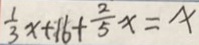
\frac { 1 } { 3 } x + 1 6 + \frac { 2 } { 5 } x = x